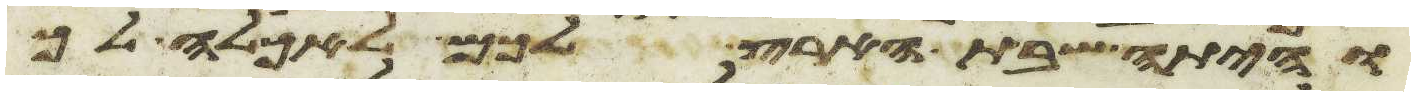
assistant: והיתה שבת הארץ לכם לאכלה לך